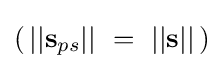
(\,||{\mathbf {s} _{ps}}||\ =\ ||\mathbf {s} ||\,)